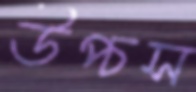
উপ্‌চস